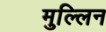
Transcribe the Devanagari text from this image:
मुल्लिन